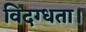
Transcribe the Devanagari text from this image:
विदग्धता।